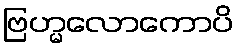
ဗြဟ္မလောကောပိ